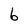
Character: 6